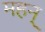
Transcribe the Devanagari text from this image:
महन्